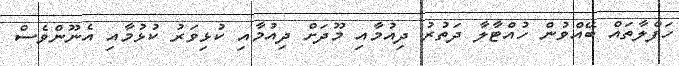
ހަފްލާތައް ބޭއްވުން ހުއްޓާލާ ދަތުރު ދިއުމާއި މޫދަށް ދިއުމާއި ކުޅިވަރު ކުޅުމާއި އެނޫންވެސް